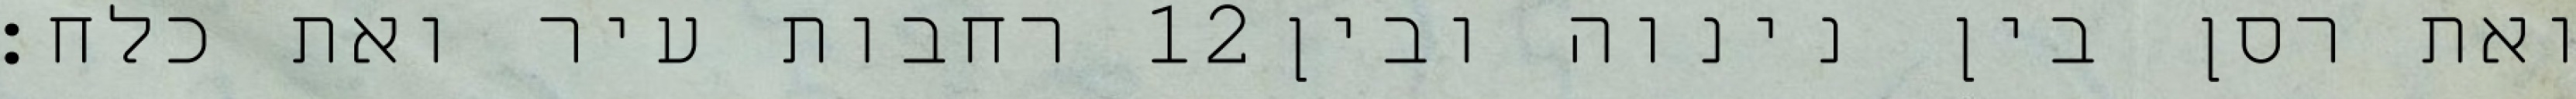
רחבות עיר ואת כלח׃ ‎12‏ ואת רסן בין נינוה ובין